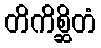
တိကိစ္ဆိတံ